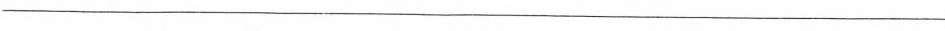
___